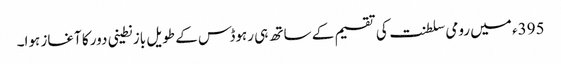
395ء میں رومی سلطنت کی تقسیم کے ساتھ ہی رہوڈس کے طویل بازنطینی دور کا آغاز ہوا۔